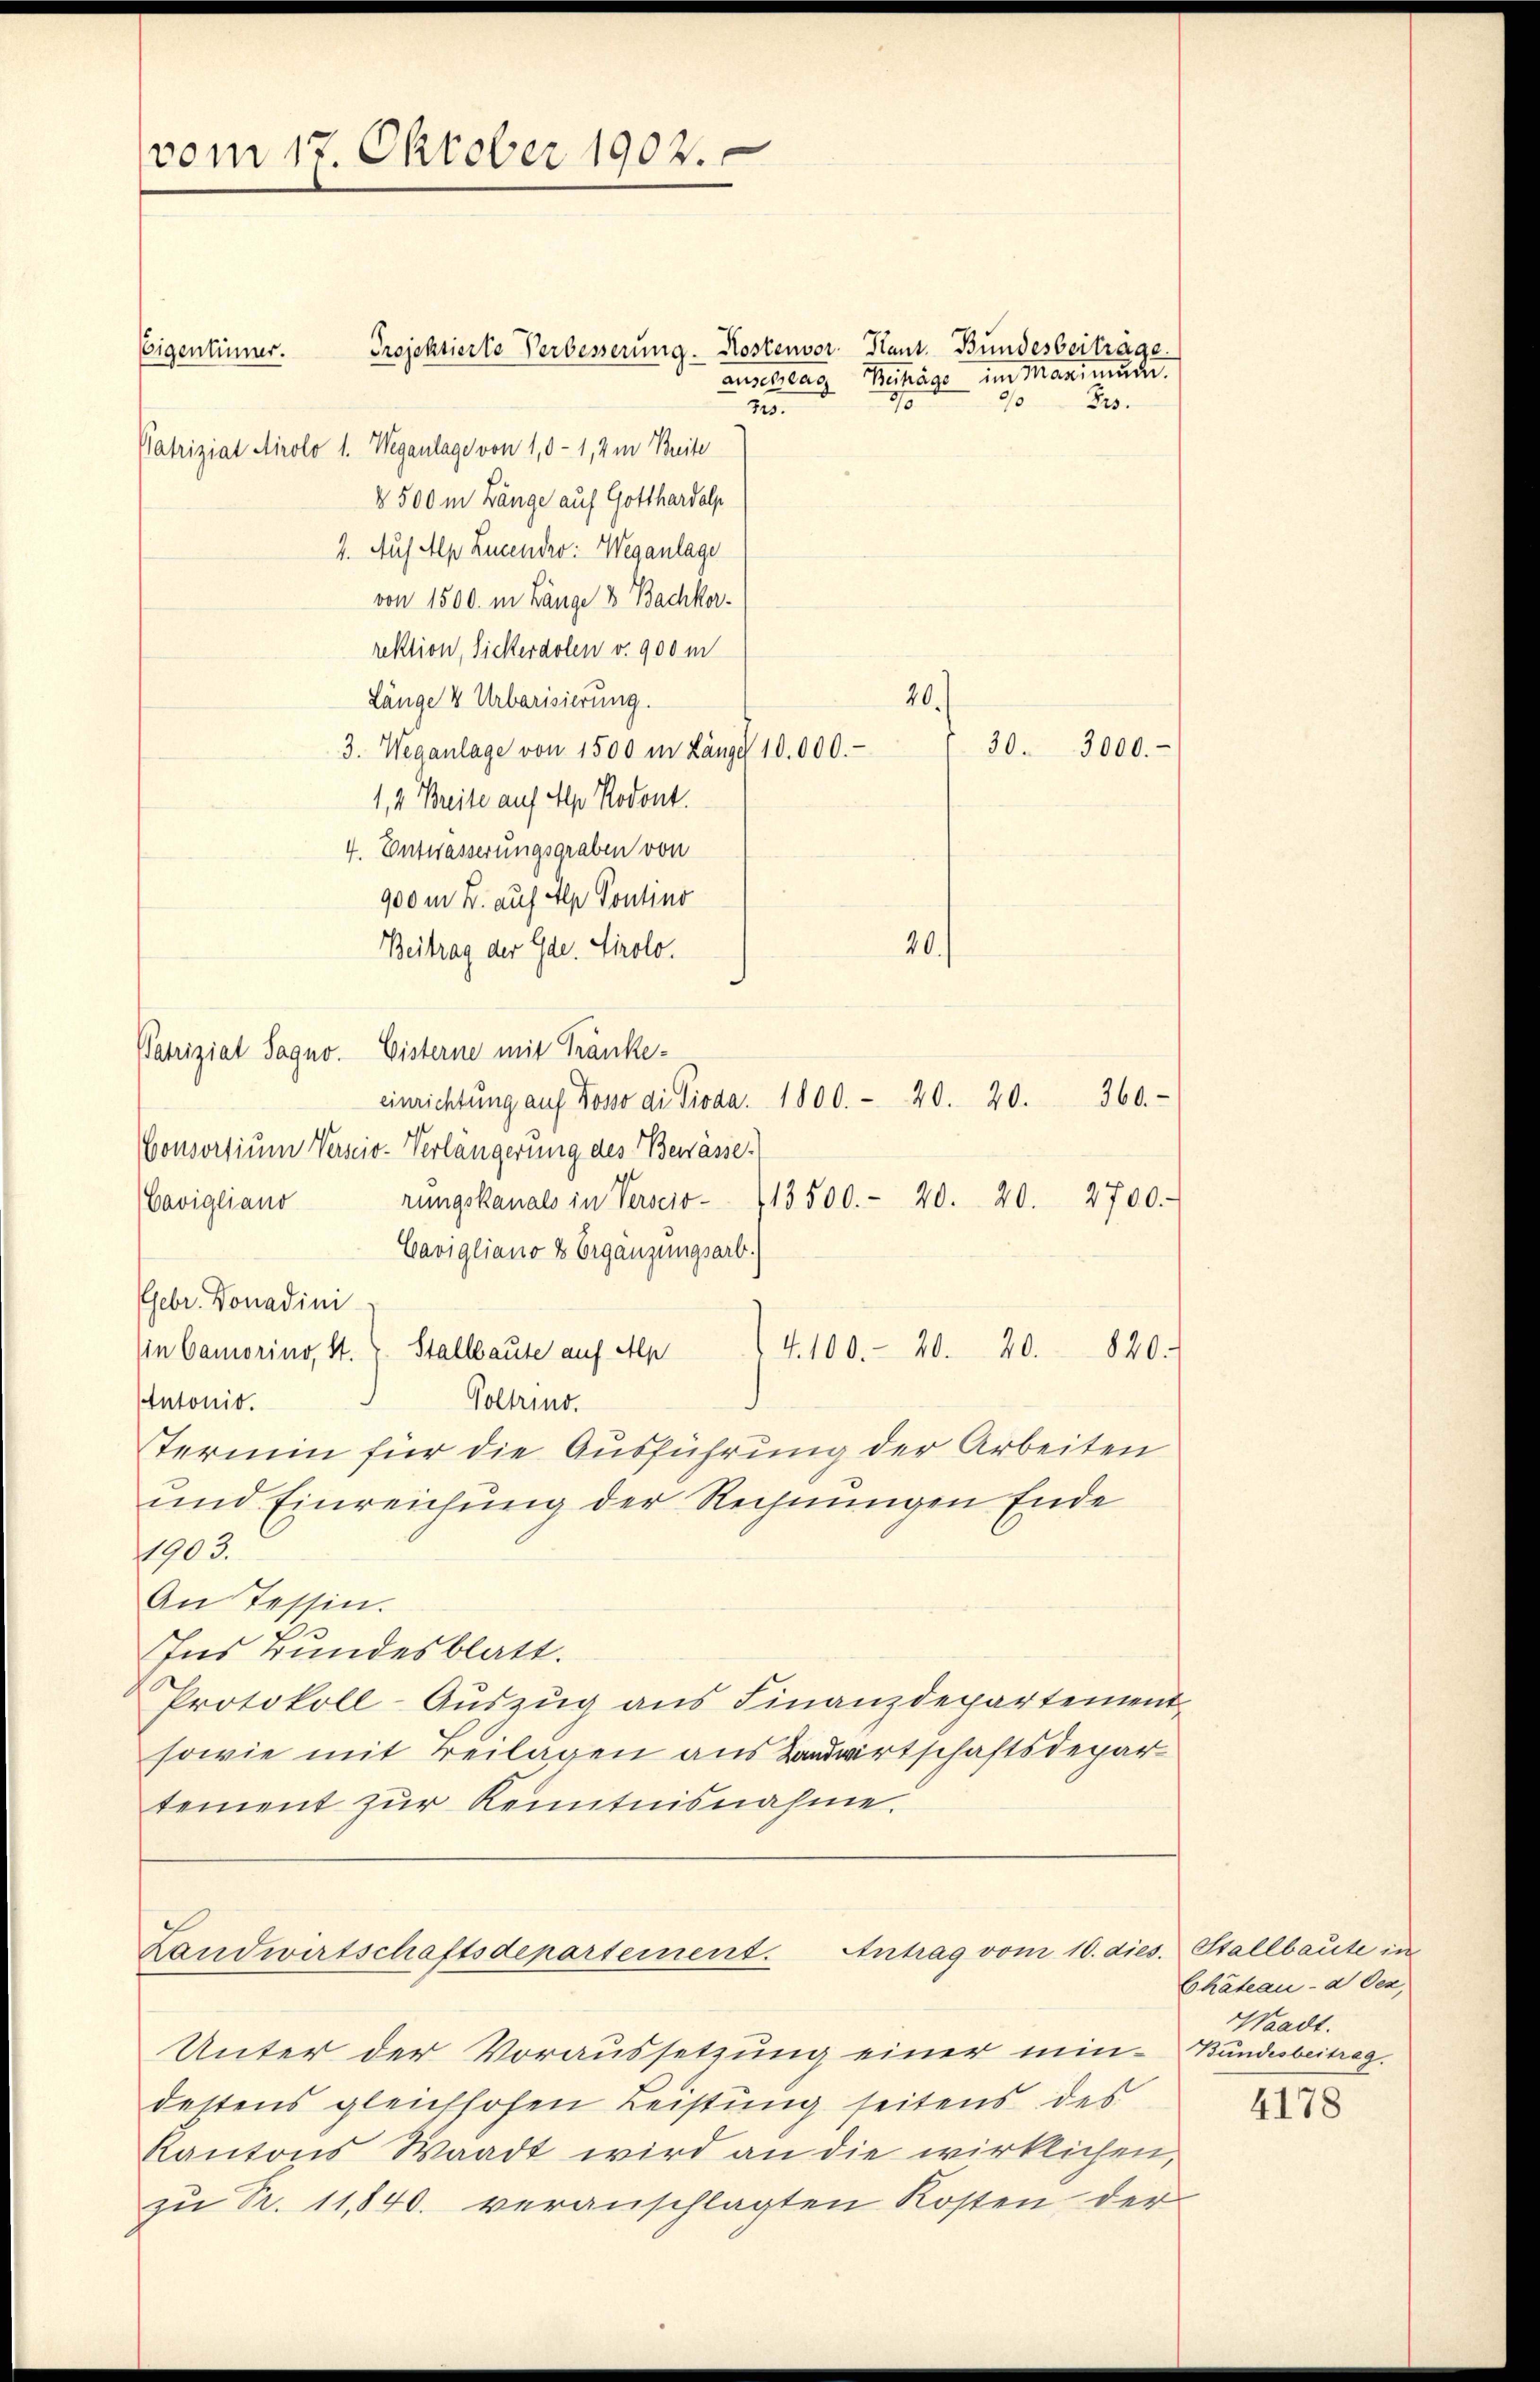
vom 17. Oktober 1902.

Projektierte Verbesserung. Kostenvor. Kant. Bundesbeiträge.
Eigentümer.
15.
Patriziat Airolo 1. Weganlage von 1,0-1, 2 in Breite
§ 500 m Länge auf Gotthardalp
2. Auf Alp Lucendro: Weganlage
von 1500. in Länge & Bachkorrektion, Sickerdolen v. 900 m
Länge V Urbarisierung.
3. Weganlage von 1500 in Längel 10.000.-
1, 4 Breite auf Alp Nodont.
4. Entwässerungsgraben von
900 m B. auf Alp Pontino
Beitrag der Gae. Tirolo.
Patriziat Sagno. Eisterne mit Tränkeeinrichtŭng auf Kosso di Pivaa. 1800. - 20. 20. 360.
Consortium Verscio-Verlängerung des Bewässe.
rŭngskanals in Verscio 13500.- 20. 20. 2700.
Cavigliano
Cavigliano 2 Ergänzungsart.
Gebr. Donadini
in Camorino, St. Stallbaute auf Alp
4100.- 20. 20. 840.
Antonio.
Voltino.
Termin für die Ausführung der Arbeiten
und Einreichung der Rechnungen Ende
11903.
An Tessin.
B.
Ins Bundesblatt.
Protokoll-Auszug aus Finanzdepartement
sowie mit Beilagen aus Landwirtschaftsdepar
tement zur Kenntnisnahme.

anschlag Behäge im Maximum.
90
32.
70

20.

20.)
30. 3000.-

Landwirtschaftsdepartement. Antrag vom 10. dies. Stallbaute in

Unter der Voraussetzung einer min-Bandesbeitrag.
destens gleichhofen Leistung seitens des
Kantons Waadt wird an die wirklichen,
zu S. 11,840. veranschlagten Kosten der

Chateau-a Oex,
Waadt.

4178